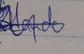
Signature authenticity: genuine